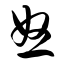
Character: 怒